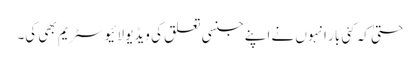
حتیٰ کہ کئی بار انہوں نے اپنے جنسی تعلق کی ویڈیو لائیو سٹریم بھی کی۔